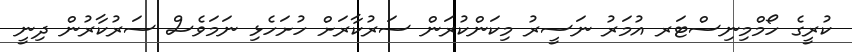
ކުރީގެ ހޯމްމިނިސްޓަރ އުމަރު ނަސީރު މިކަންކުރަން ސަރުކާރަށް ހުށަހެޅި ނަމަވެސް ސަރުކާރުން ދިނީ